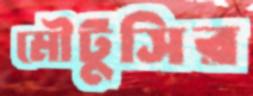
মৌটুসির